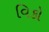
વિકો